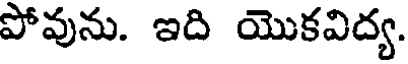
పోవును. ఇది యొకవిద్య.